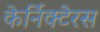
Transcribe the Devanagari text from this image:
केर्निक्टेरस